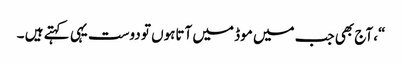
“، آج بھی جب میں موڈ میں آتاہوں تو دوست یہی کہتے ہیں ۔